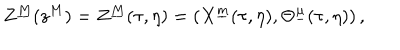
Z ^ { \underline { { M } } } ( z ^ { M } ) = Z ^ { \underline { { M } } } ( \tau , \eta ) = \left( X ^ { \underline { { m } } } ( \tau , \eta ) , \Theta ^ { \underline { { \mu } } } ( \tau , \eta ) \right) ,